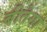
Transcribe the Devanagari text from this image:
बीतेगा